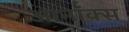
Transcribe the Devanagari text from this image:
आर्नॉक्स